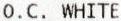
O.C. WHITE